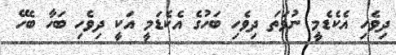
ދިވެހި އެކެޑެމީ ނުވަތަ ދިވެހި ބަހުގެ އެކެޑަމީ އަކީ ދިވެހި ބަހާ ބެހޭ